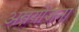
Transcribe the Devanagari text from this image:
अस्त्रयोजना